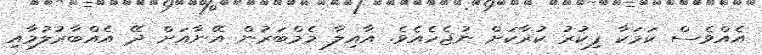
އެއްވެސް ކަމަކާ ފިކުރު ކުރާކަށް ނުޖެހެއެވެ. އާއިލާ މެމްބަރުން އޭނާއަށް ދޭ އެއްބާރުލުމާއި